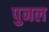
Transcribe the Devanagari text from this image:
पुनल